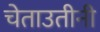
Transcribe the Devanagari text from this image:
चेताउतीनी